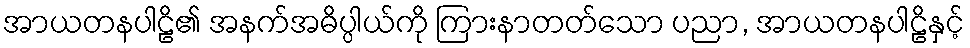
အာယတနပါဠိ၏ အနက်အဓိပ္ပါယ်ကို ကြားနာတတ်သော ပညာ, အာယတနပါဠိနှင့်